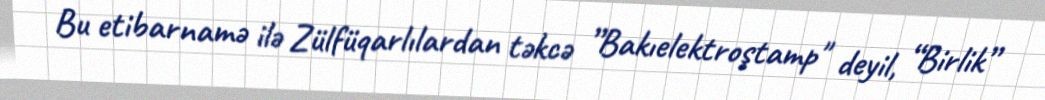
Bu etibarnamə ilə Zülfüqarlılardan təkcə ”Bakıelektroştamp" deyil, “Birlik”